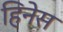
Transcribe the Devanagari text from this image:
हिनेस